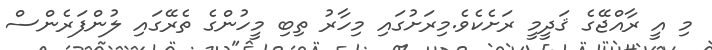
މި އީ ރާއްޖޭގެ ޤަދީމީ ރަށެކެވެ.މިރަށުގައި މިހާރު ތިބި މީހުންގެ ތެރޭގައި ލުންފަރެންސް